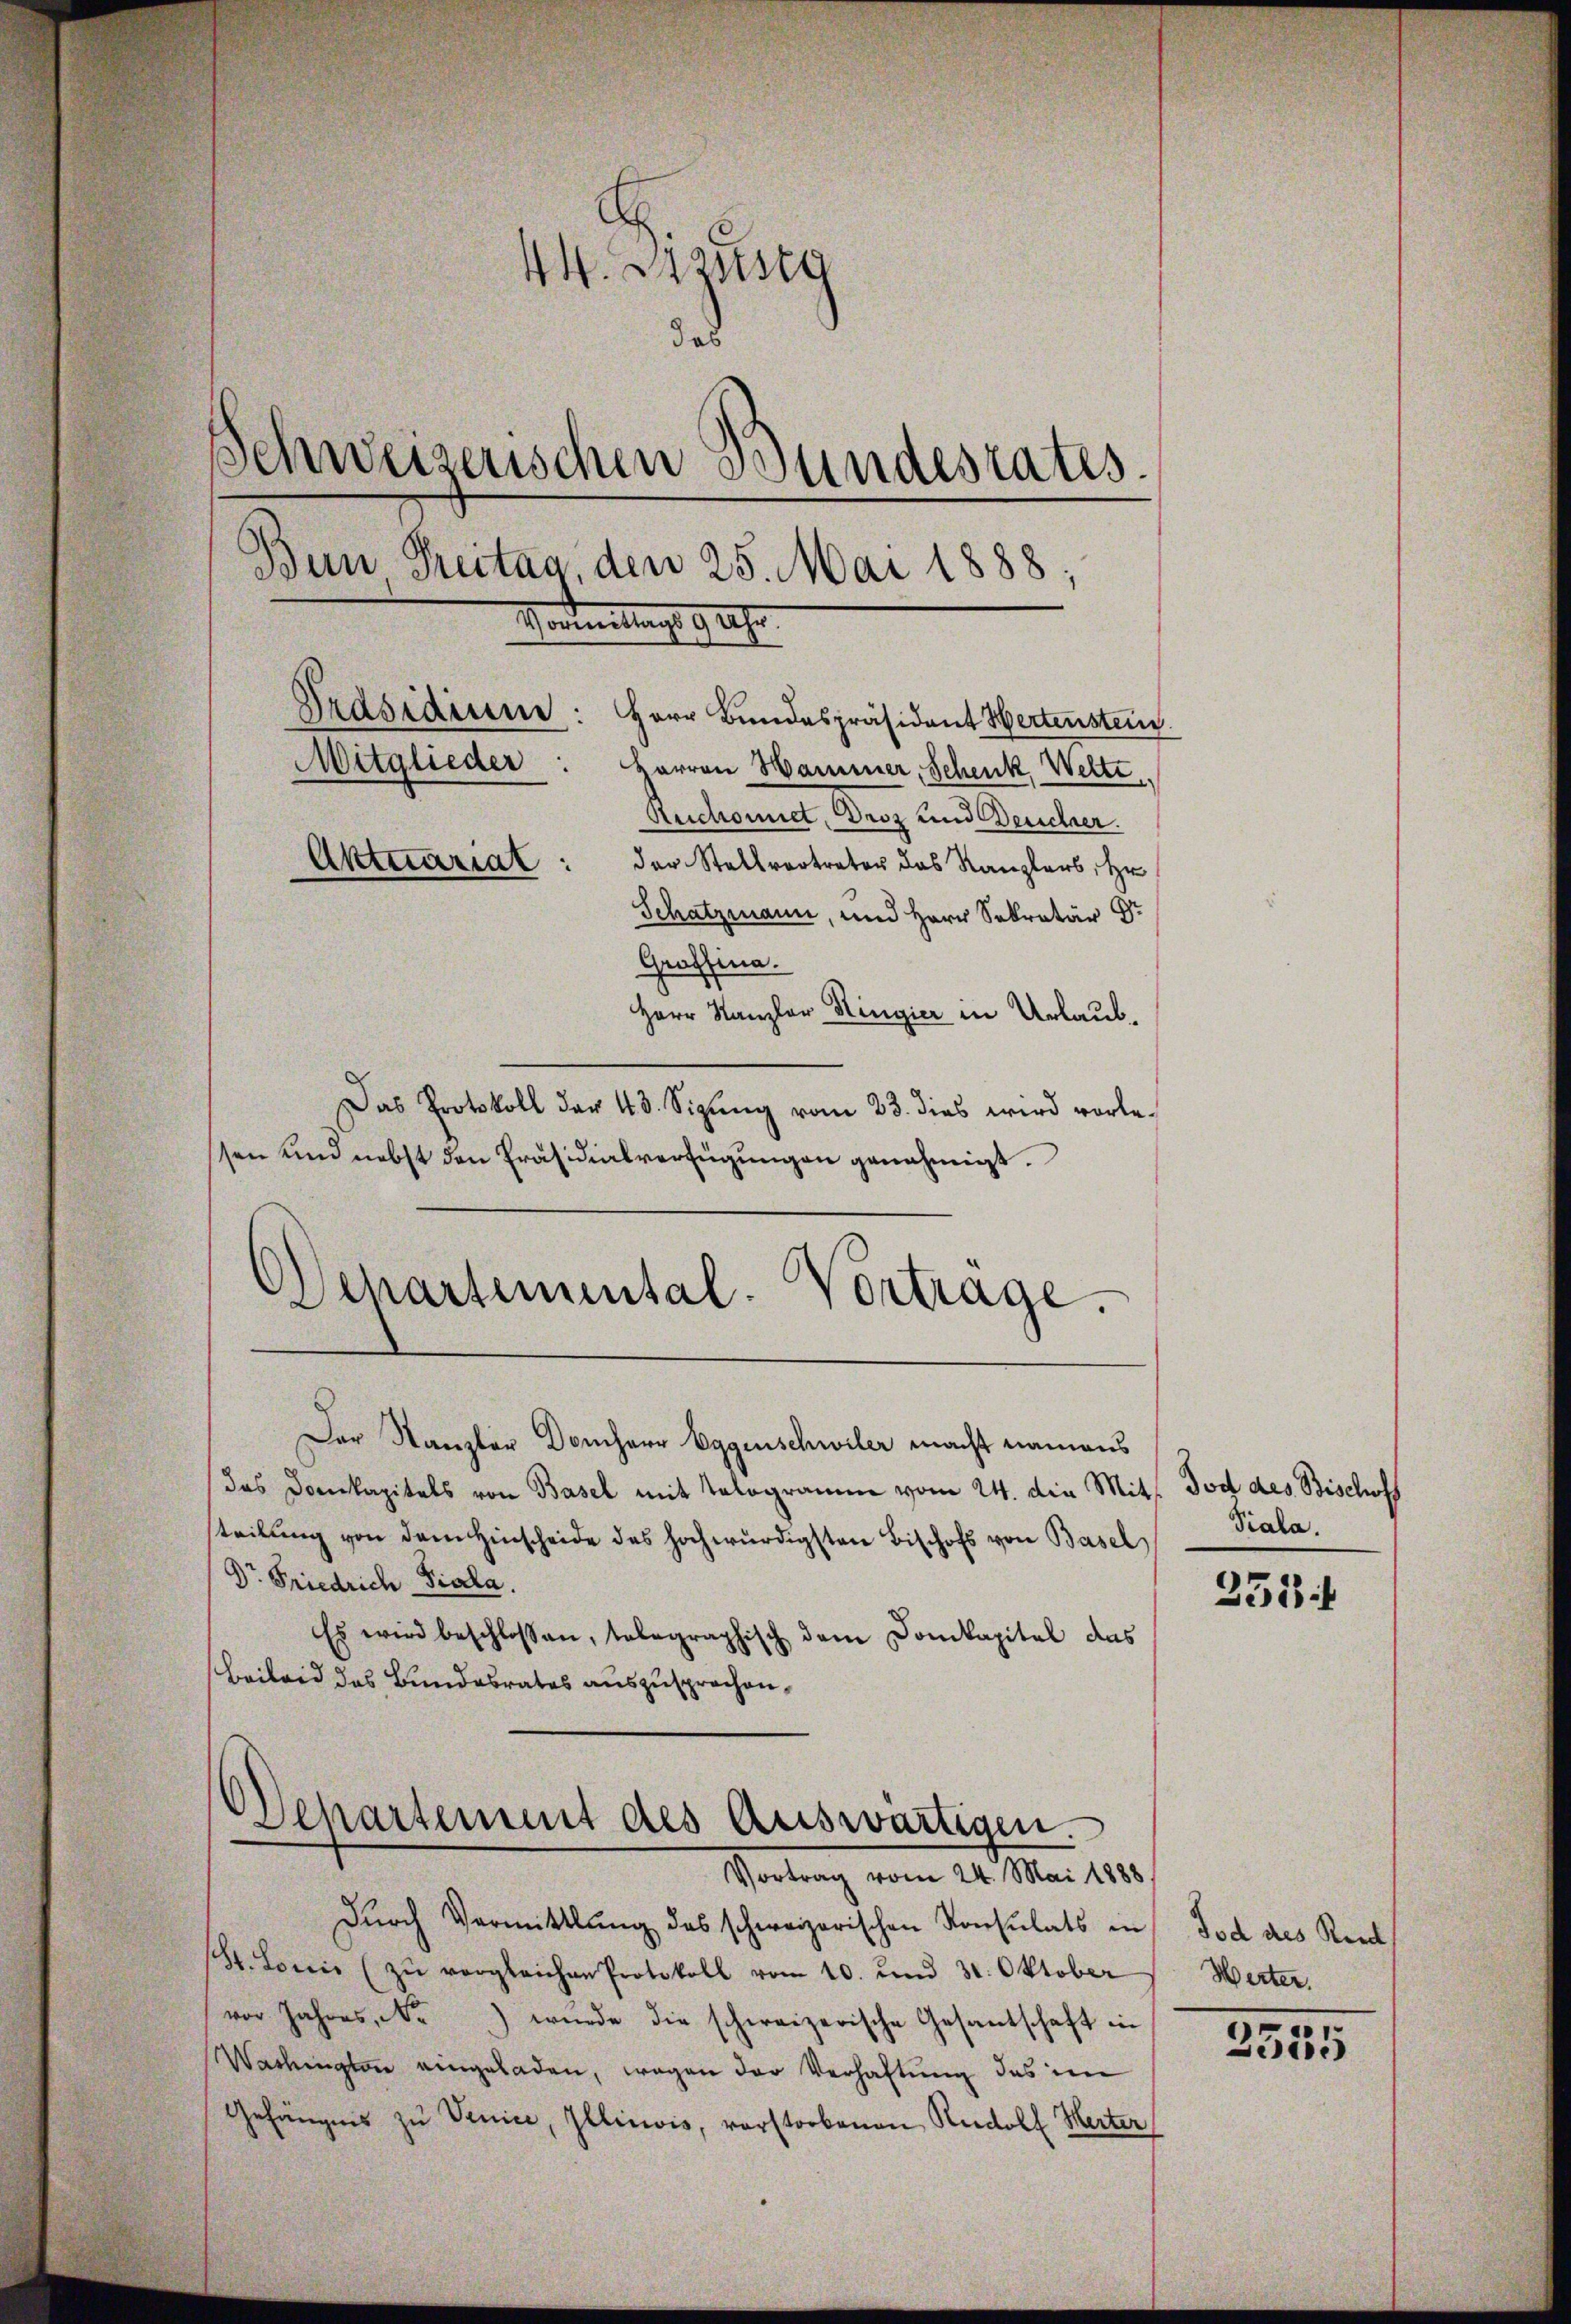
44. Dissestg
Schweizerischen Bundesrates.
Bun Freitag, den 25. Mai 1888;
Vonmeistungs 9 Uhr.
Präsidium: Herr Bundespräsident Hertenstein.
Mitglieder
harren Hammer, Schenk Welte
Reschonnet, Droz und Deucher
Aktuariat: der Stellvertreter das Kanzlers, Hr.
Schatzmann, und Herr Sekretär Dr
Graffina.
Herr Kanzler Ringier in Urlaub¬

Das Protokoll der 48. Sizŭng vom 23. dies wird vorlessen und nebst den Präsidialverfügungen genehmigt.
Departemental-Vortrage.

Der Kanzler Domherr Eggenschwiler macht namens
das Domkapitals von Basel mit Tologramm vom 24. die Mits. Tod des Bischofs
teilung von dem Hinscheide des hochwürdigsten Bischofs von Basel
Dr Friedrich-Piala.
Es wird beschlossen, telegraphisch dem Domkapitel das
Beileid das Bundesrates auszusprochen,

Departement des Auswärtigen.
Vortrag vom 24. Mai 1888

Dŭrch Vermittlung des schweizerischen Konsulats in
(St. Louis (zŭ vergleichen Protokoll vom 10. und 31. Oktober
vor Jahres, Nr. 1) wurde die schweizerische Gesantschaft in
Warkingen eingeladen, wegen der Verhaftung das im
Gehängnis zu Venice, Illinois, vorstorbenen Rudolf Herter

Piala.

2534

Tod des Reich
Werter.

2535